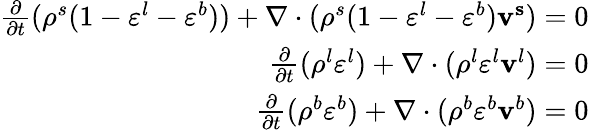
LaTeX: \begin{array}{r}{\frac{\partial}{\partial t}(\rho^{s}(1-\varepsilon^{l}-\varepsilon^{b}))+\nabla\cdot(\rho^{s}(1-\varepsilon^{l}-\varepsilon^{b})\mathbf{v^{s}})=0}\\ {\frac{\partial}{\partial t}(\rho^{l}\varepsilon^{l})+\nabla\cdot(\rho^{l}\varepsilon^{l}\mathbf{v}^{l})=0}\\ {\frac{\partial}{\partial t}(\rho^{b}\varepsilon^{b})+\nabla\cdot(\rho^{b}\varepsilon^{b}\mathbf{v}^{b})=0}\end{array}